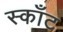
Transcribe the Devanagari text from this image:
स्काँट